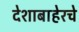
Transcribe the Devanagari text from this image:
देशाबाहेरचे